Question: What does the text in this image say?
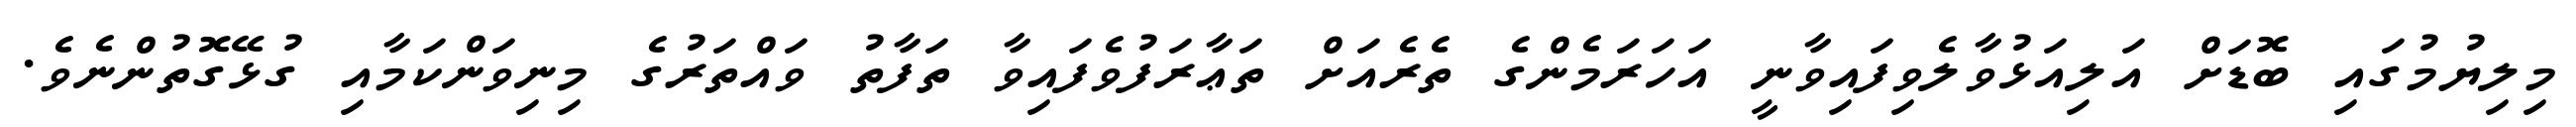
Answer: މިލިޔުމުގައި ބޮޑަށް އަލިއަޅުވާލެވިފައިވާނީ އަހަރަމެންގެ ތެރެއަށް ތަޢާރަފުވެފައިވާ ތަފާތު ވައްތަރުގެ މިނިވަންކަމާއި ގުޅޭގޮތުންނެވެ.